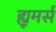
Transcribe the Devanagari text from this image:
ह्यूमर्स